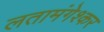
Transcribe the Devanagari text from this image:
लतामंगेश्कर